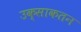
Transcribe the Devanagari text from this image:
उक्साकतन